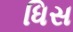
ધિસ